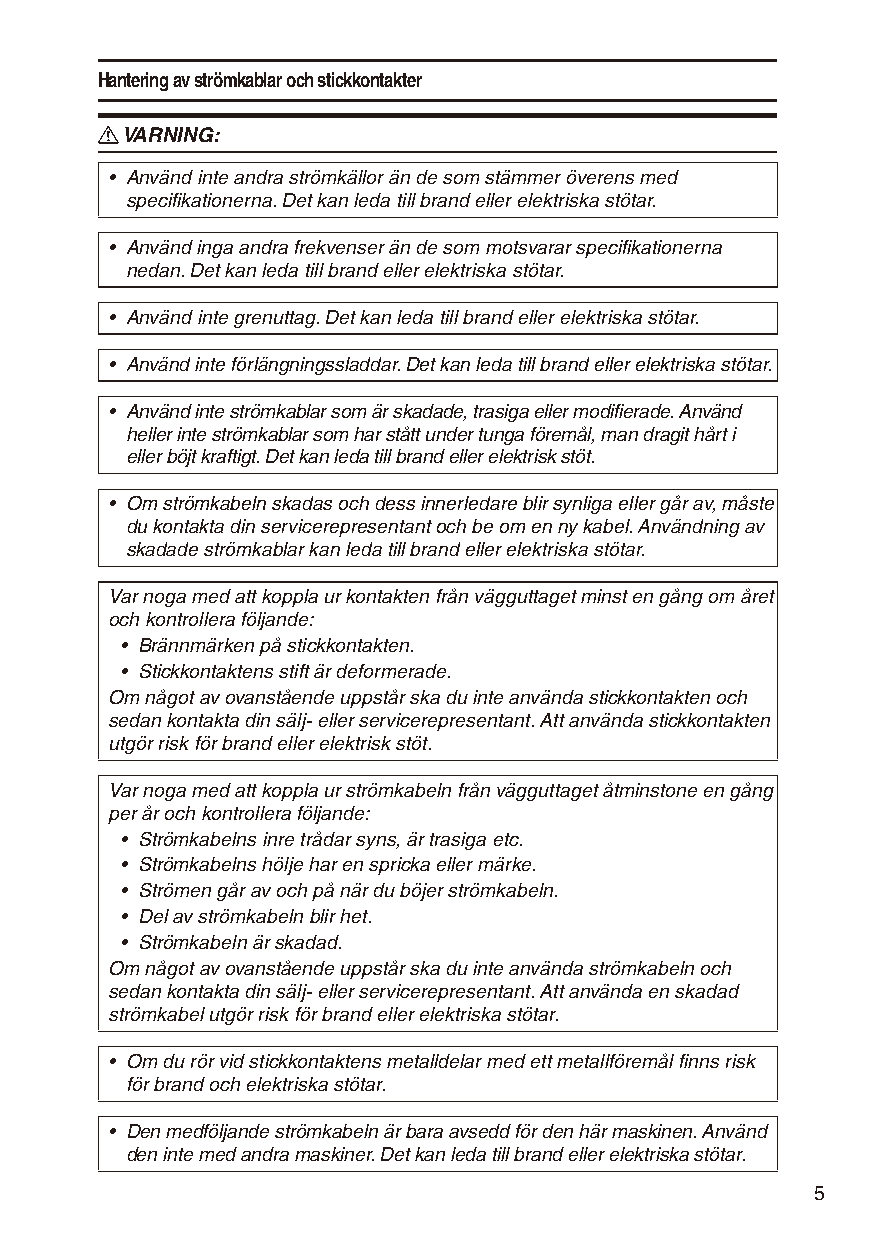
Hantering av strömkablar och stickkontakter
 R VARNING:
 • Använd inte andra strömkällor än de som stämmer överens med
 specifikationerna. Det kan leda till brand eller elektriska stötar.
 • Använd inga andra frekvenser än de som motsvarar specifikationerna
 nedan. Det kan leda till brand eller elektriska stötar.
 • Använd inte grenuttag. Det kan leda till brand eller elektriska stötar.
 • Använd inte förlängningssladdar. Det kan leda till brand eller elektriska stötar.
 • Använd inte strömkablar som är skadade, trasiga eller modifierade. Använd
 heller inte strömkablar som har stått under tunga föremål, man dragit hårt i
 eller böjt kraftigt. Det kan leda till brand eller elektrisk stöt.
 • Om strömkabeln skadas och dess innerledare blir synliga eller går av, måste
 du kontakta din servicerepresentant och be om en ny kabel. Användning av
 skadade strömkablar kan leda till brand eller elektriska stötar.
 Var noga med att koppla ur kontakten från vägguttaget minst en gång om året
 och kontrollera följande:
 • Brännmärken på stickkontakten.
 • Stickkontaktens stift är deformerade.
 Om något av ovanstående uppstår ska du inte använda stickkontakten och
 sedan kontakta din sälj- eller servicerepresentant. Att använda stickkontakten
 utgör risk för brand eller elektrisk stöt.
 Var noga med att koppla ur strömkabeln från vägguttaget åtminstone en gång
 per år och kontrollera följande:
 • Strömkabelns inre trådar syns, är trasiga etc.
 • Strömkabelns hölje har en spricka eller märke.
 • Strömen går av och på när du böjer strömkabeln.
 • Del av strömkabeln blir het.
 • Strömkabeln är skadad.
 Om något av ovanstående uppstår ska du inte använda strömkabeln och
 sedan kontakta din sälj- eller servicerepresentant. Att använda en skadad
 strömkabel utgör risk för brand eller elektriska stötar.
 • Om du rör vid stickkontaktens metalldelar med ett metallföremål finns risk
 för brand och elektriska stötar.
 • Den medföljande strömkabeln är bara avsedd för den här maskinen. Använd
 den inte med andra maskiner. Det kan leda till brand eller elektriska stötar.
 5